Scientific memoirs by medical officers of the Army of India - Part X,
Year: 1897
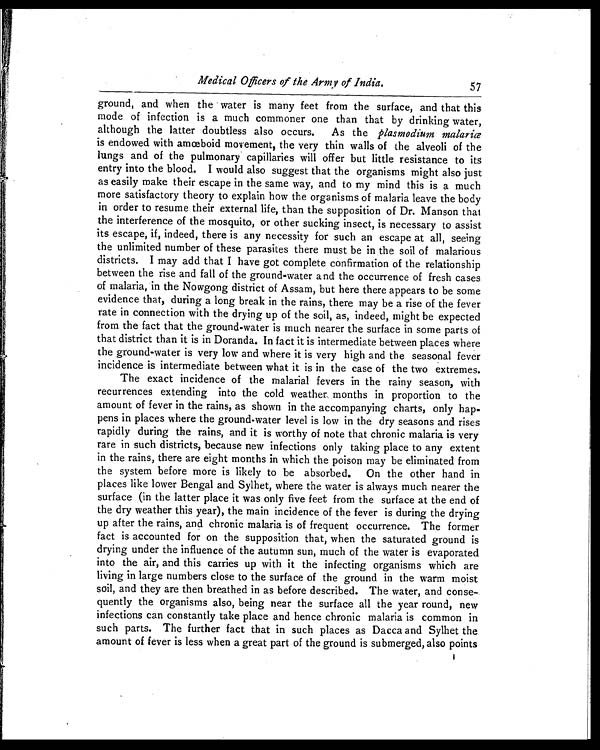
Medical Officers of the Army of India.
57
ground, and when the water is many feet from the surface, and that this
mode of infection is a much commoner one than that by drinking water,
although the latter doubtless also occurs. As the plasmodium malariœ
is endowed with amœboid movement, the very thin walls of the alveoli of the
lungs and of the pulmonary capillaries will offer but little resistance to its
entry into the blood. I would also suggest that the organisms might also just
as easily make their escape in the same way, and to my mind this is a much
more satisfactory theory to explain how the organisms of malaria leave the body
in order to resume their external life, than the supposition of Dr. Manson that
the interference of the mosquito, or other sucking insect, is necessary to assist
its escape, if, indeed, there is any necessity for such an escape at all, seeing
the unlimited number of these parasites there must be in the soil of malarious
districts. I may add that I have got complete confirmation of the relationship
between the rise and fall of the ground-water and the occurrence of fresh cases
of malaria, in the Nowgong district of Assam, but here there appears to be some
evidence that, during a long break in the rains, there may be a rise of the fever
rate in connection with the drying up of the soil, as, indeed, might be expected
from the fact that the ground-water is much nearer the surface in some parts of
that district than it is in Doranda. In fact it is intermediate between places where
the ground-water is very low and where it is very high and the seasonal fever
incidence is intermediate between what it is in the case of the two extremes.
The exact incidence of the malarial fevers in the rainy season, with
recurrences extending into the cold weather months in proportion to the
amount of fever in the rains, as shown in the accompanying charts, only hap-
pens in places where the ground-water level is low in the dry seasons and rises
rapidly during the rains, and it is worthy of note that chronic malaria is very
rare in such districts, because new infections only taking place to any extent
in the rains, there are eight months in which the poison may be eliminated from
the system before more is likely to be absorbed. On the other hand in
places like lower Bengal and Sylhet, where the water is always much nearer the
surface (in the latter place it was only five feet from the surface at the end of
the dry weather this year), the main incidence of the fever is during the drying
up after the rains, and chronic malaria is of frequent occurrence. The former
fact is accounted for on the supposition that, when the saturated ground is
drying under the influence of the autumn sun, much of the water is evaporated
into the air, and this carries up with it the infecting organisms which are
living in large numbers close to the surface of the ground in the warm moist
soil, and they are then breathed in as before described. The water, and conse-
quently the organisms also, being near the surface all the year round, new
infections can constantly take place and hence chronic malaria is common in
such parts. The further fact that in such places as Dacca and Sylhet the
amount of fever is less when a great part of the ground is submerged, also points